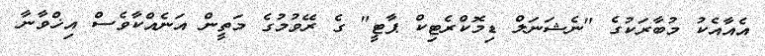
އެއާއެކު މުބާރަކުގެ "ނެޝަނަލް ޑިމޮކްރެޓިކް ޕާޓީ" ގެ ރޭވުމުގެ މަތީން އަނެއްކާވެސް އިޚްވާނާ